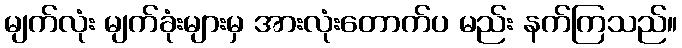
မျက်လုံး မျက်ခုံးများမှ အားလုံးတောက်ပ မည်း နက်ကြသည်။